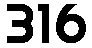
316